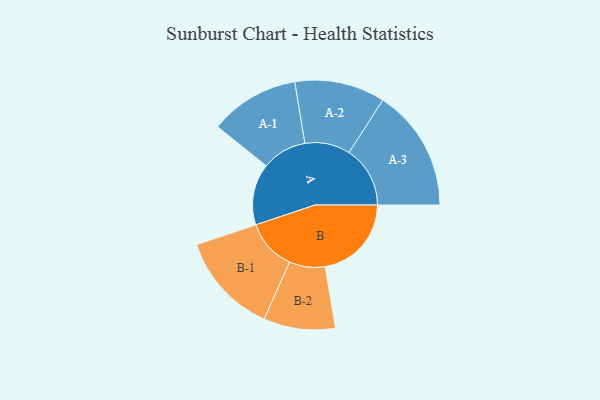
{"axis": {"x": "Segment", "y": "Value"}, "legend": ["", "A", "B"], "data": [{"x": "A", "y": 286, "type": ""}, {"x": "B", "y": 402, "type": ""}, {"x": "A-1", "y": 209, "type": "A"}, {"x": "A-2", "y": 211, "type": "A"}, {"x": "A-3", "y": 285, "type": "A"}, {"x": "B-1", "y": 237, "type": "B"}, {"x": "B-2", "y": 167, "type": "B"}]}